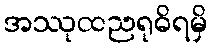
အဿုထညရုဓိရမှိ